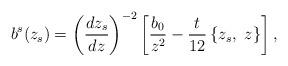
LaTeX: \begin{align*}b^s(z_s)=\left(\frac{dz_s}{dz}\right)^{-2} \left[\frac{b_0}{z^2}-\frac{t}{12}\left\{z_s, \ z\right\}\right],\end{align*}